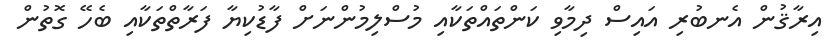
އިރާޤުން އެނބުރި އައިސް ދިމާވި ކަންތައްތަކާއި މުސްލިމުންނަށް ފާޑުކިޔާ ފަރާތްތަކާއި ބެހޭ ގޮތުން